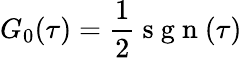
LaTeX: G_{0}(\tau)=\frac{1}{2}\mathrm{~s~g~n~}(\tau)